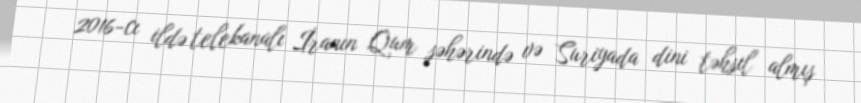
2016-cı ildə telekanalı İranın Qum şəhərində və Suriyada dini təhsil almış